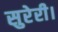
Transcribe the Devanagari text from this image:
सुरेरी।